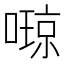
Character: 𫫩